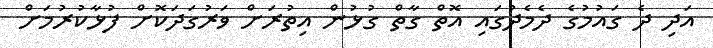
އަދި ދެ ގައުމުގެ ދެމެދުގައި އޮތް ގާތް ގުޅުން އިތުރަށް ވަރުގަދަކޮށް ފުޅާކުރުމަށް